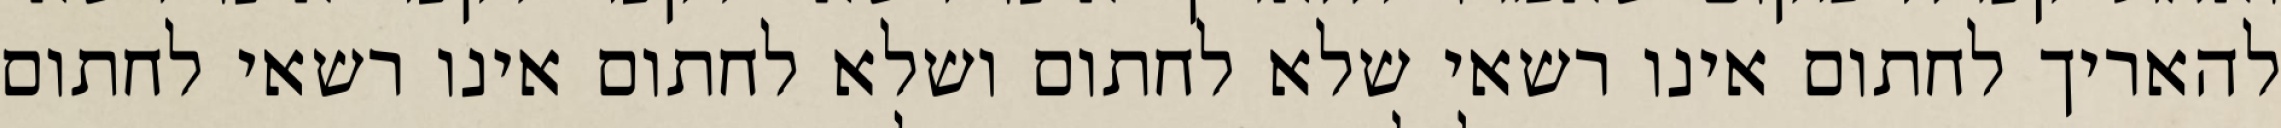
להאריך לחתום אינו רשאי שלא לחתום ושלא לחתום אינו רשאי לחתום